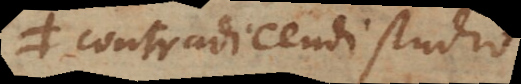
et contradicendi studio